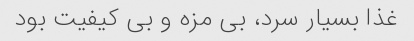
غذا بسیار سرد، بی مزه و بی کیفیت بود